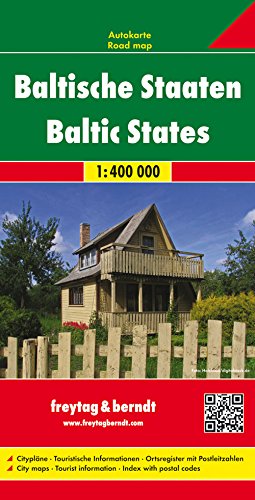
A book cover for Baltics - Estonia/Latvia/Lithuania (English, German, French, Italian and Spanish Edition); Freytag-Berndt und Artaria; Travel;